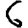
Digit: 6